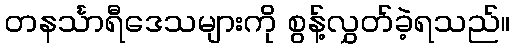
တနင်္သာရီဒေသများကို စွန့်လွှတ်ခဲ့ရသည်။